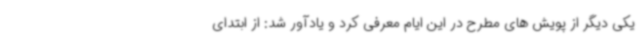
یکی دیگر از پویش های مطرح در این ایام معرفی کرد و یادآور شد: از ابتدای